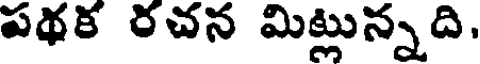
పథక రచన మిట్లున్నది.